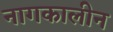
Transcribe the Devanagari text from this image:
नागकालीन